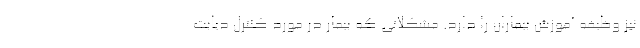
نیز وظیفه آموزش بیماران را دارد. مشکلاتی که بیمار در مورد کنترل دیابت